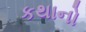
કથાનો